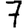
Digit: 7